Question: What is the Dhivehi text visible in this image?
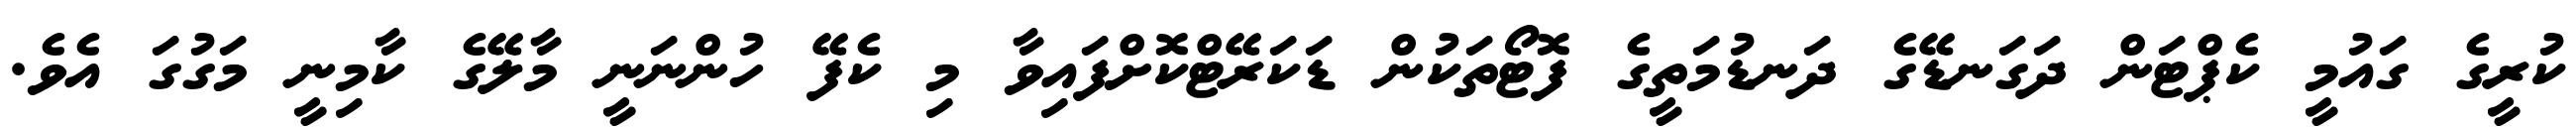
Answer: ކުރީގެ ގައުމީ ކެޕްޓަން ދަގަނޑޭގެ ދަނޑުމަތީގެ ފޮޓޯތަކުން ޑަކަރޭޓްކޮށްފައިވާ މި ކެފޭ ހުންނަނީ މާލޭގެ ކާމިނީ މަގުގަ އެވެ.